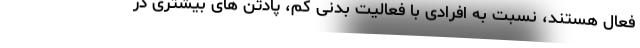
فعال هستند، نسبت به افرادی با فعالیت بدنی کم، پادتن های بیشتری در